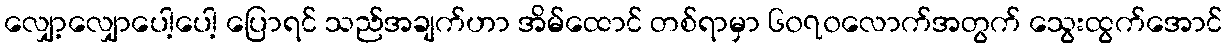
လျှော့လျှောပေါ့ပေါ့ ပြောရင် သည်အချက်ဟာ အိမ်ထောင် တစ်ရာမှာ ၆၀၇၀လောက်အတွက် သွေးထွက်အောင်